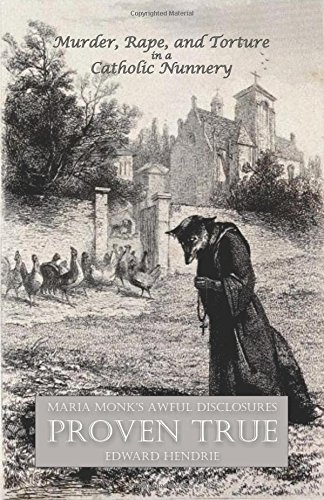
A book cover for Murder, Rape, and Torture in a Catholic Nunnery; Edward Hendrie; Christian Books & Bibles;